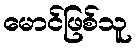
မောင်ဖြစ်သူ